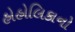
હોહોલિકાનો